Civil Veterinary Department Bihar & Orissa reports 1922-29 - 1922-1929
Year: 1922
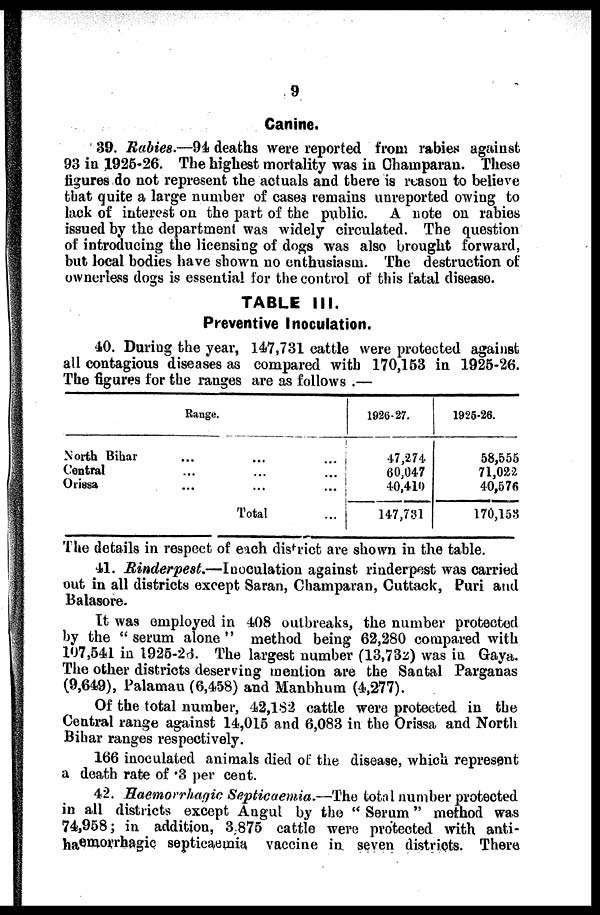
9
Canine.
39. Rabies.—94 deaths were reported from rabies against
93 in 1926-26. The highest mortality was in Champaran. These
figures do not represent the actuals and there is reason to believe
that quite a large number of case3 remains unreported owing to
lack of interest on the part of the public. A note on rabies
issued by the department was widely circulated. The question
of introducing the licensing of dogs was also brought forward,
but local bodies have shown no enthusiasm. The destruction of
ownerless dogs is essential for the control of this fatal disease.
TABLE III.
Preventive Inoculation.
40. During the year, 147,731 cattle were protected against
all contagious diseases as compared with 170,153 in 1925-26.
The figures for the ranges are as follows .—
Range.
North Bihar ... ... ...
Central ... ... ...
Orissa
...
...
...
Total ...
1926-27.
47,274
60,047
40,410
147,731
1925-26.
58,555
71,022
40,576
170,153
The details in respect of each district are shown in the table.
41. Rinderpest.—Iuoculation
against rinderpest was carried
out in all districts except Saran, Champaran, Cuttack, Puri and
Balasore.
It was employed in 408 outbreaks, the number protected
by the " serum alone " method being 62,280 compared with
107,541 in 1925-2'$. The largest number (13,732) was in Gaya.
The other districts deserving mention are the Santal Parganas
(9,649), Palamau (6,458) and Manbhum (4,277).
Of the total number, 42,182 cattle were protected in the
Central range against 14,015 and 6,083 in the Orissa and North
Bihar ranges respectively.
166 inoculated animals died of the disease, which represent
a death rate of .3 per cent.
42. Haemorrhacfic Septicaemia.—The total number protected
in all districts except Angul by the " Serum" method was
74,958; in addition, 3 875 cattle were protected with anti-
haemorrhagic septicaemia vaccine in seven districts. There